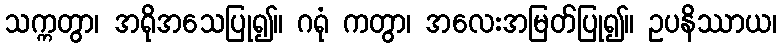
သက္ကတွာ၊ အရိုအသေပြု၍။ ဂရုံ ကတွာ၊ အလေးအမြတ်ပြု၍။ ဥပနိဿာယ၊